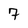
Character: 7